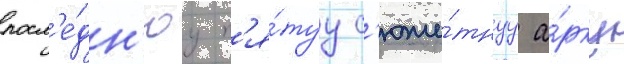
посл'е́дн'юу п'я́туу с'юже́тнуу а́рку